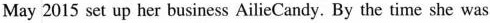
May 2015 set up her business AilieCandy. By the time she was